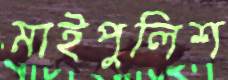
মাইপুলিশ